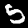
Digit: 5